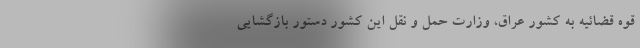
قوه قضائیه به کشور عراق، وزارت حمل و نقل این کشور دستور بازگشایی